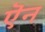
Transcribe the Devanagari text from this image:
ऎन